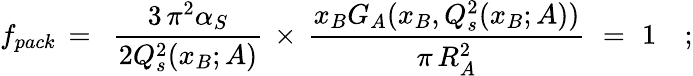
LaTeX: f_{pack}\, =\, \, \, \frac{3\, \pi^{2}\alpha_{S}}{2Q_{s}^{2}(x_{B};A)}\, \times\, \frac{x_{B}G_{A}(x_{B},Q_{s}^{2}(x_{B};A))}{\pi\, R_{A}^{2}}\, \, =\, \, 1\quad;